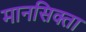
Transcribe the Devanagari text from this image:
मानसिक्ता